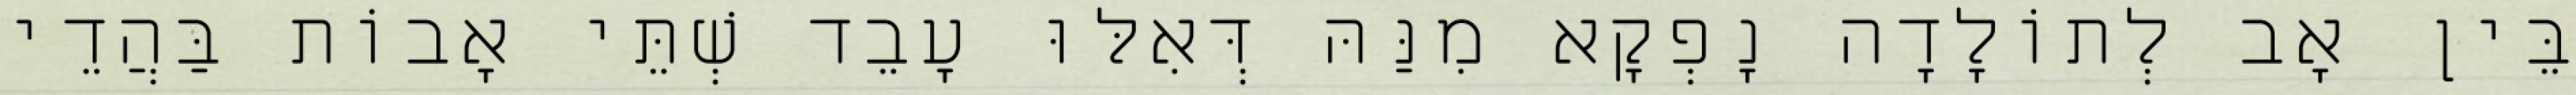
בֵּין אָב לְתוֹלָדָה נָפְקָא מִנַּהּ דְּאִלּוּ עָבֵד שְׁתֵּי אָבוֹת בַּהֲדֵי